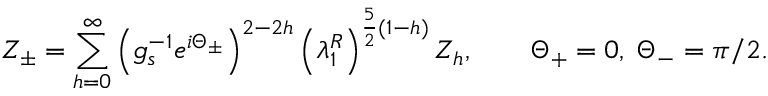
Z _ { \pm } = \sum _ { h = 0 } ^ { \infty } \left( g _ { s } ^ { - 1 } e ^ { i \Theta _ { \pm } } \right) ^ { 2 - 2 h } \left( \lambda _ { 1 } ^ { R } \right) ^ { { \frac { 5 } { 2 } } ( 1 - h ) } Z _ { h } , \qquad \Theta _ { + } = 0 , \; \Theta _ { - } = \pi / 2 .